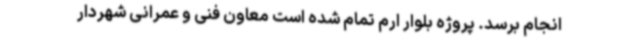
انجام برسد. پروژه بلوار ارم تمام شده است معاون فنی و عمرانی شهردار